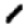
Digit: 1